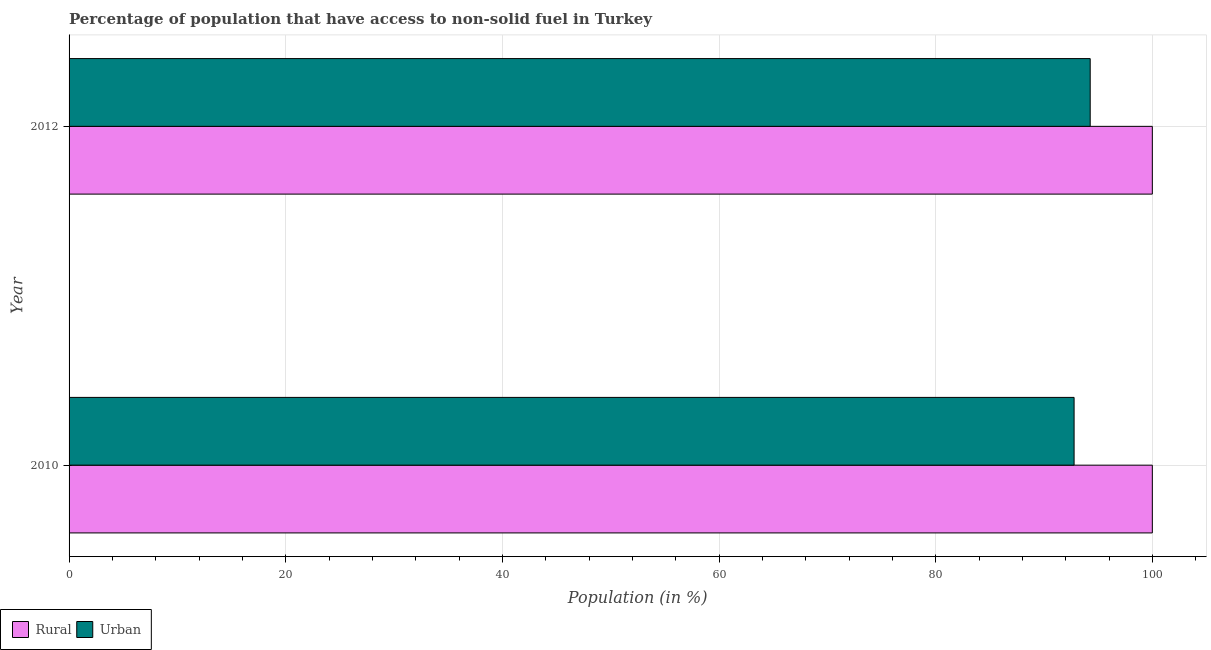
| Year | Rural | Urban |
 | --- | --- | --- |
 | 2010 | 100 | 92.8 |
 | 2012 | 100 | 94.3 |